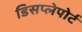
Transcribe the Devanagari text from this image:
डिसप्लेपोर्ट